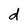
Character: d